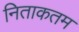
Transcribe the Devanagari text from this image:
निताकतम